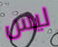
ليس